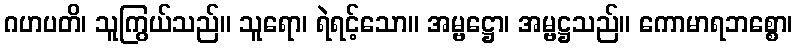
ဂဟပတိ၊ သူကြွယ်သည်။ သူရော၊ ရဲရင့်သော။ အမ္ဗဋ္ဌော၊ အမ္ဗဋ္ဌသည်။ ကောမာရဘစ္စော၊